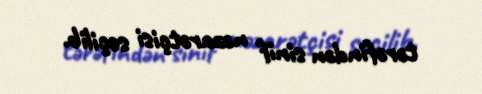
tərəfindən sinif nəzarətçisi seçilib.